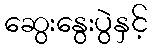
ဆွေးနွေးပွဲနှင့်